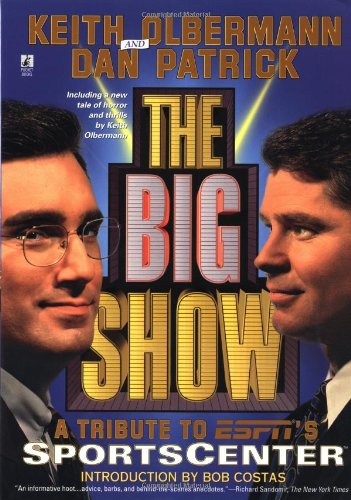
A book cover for The Big Show; Keith Olbermann; Sports & Outdoors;